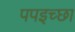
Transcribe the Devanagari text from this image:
पपइच्छा